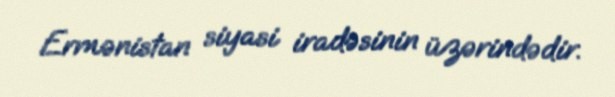
Ermənistan siyasi iradəsinin üzərindədir.